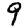
Digit: 9